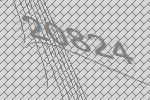
20824